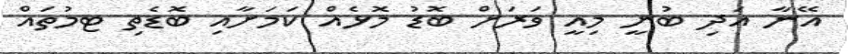
އޭނާ އަދި ބުނީ މިއީ ވަރަށް ބޮޑު މޮޅެއް ކަމަށާއި ބޮޑެތި ޓމުތައް